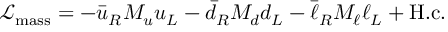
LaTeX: \mathcal { L } _ { \mathrm { m a s s } } = - \bar { u } _ { R } M _ { u } u _ { L } - \bar { d } _ { R } M _ { d } d _ { L } - \bar { \ell } _ { R } M _ { \ell } \ell _ { L } + \mathrm { H . c . }